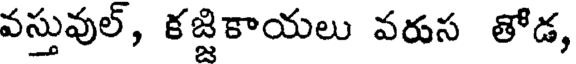
వస్తువుల్, కజ్జికాయలు వరుస తోడ,